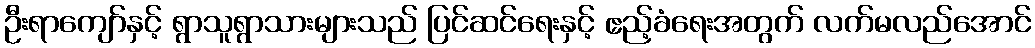
ဦးရာကျော်နှင့် ရွာသူရွာသားများသည် ပြင်ဆင်ရေးနှင့် ဧည့်ခံရေးအတွက် လက်မလည်အောင်